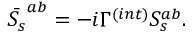
\bar { S _ { s } } ^ { a b } = - i \Gamma ^ { ( i n t ) } S _ { s } ^ { a b } .